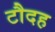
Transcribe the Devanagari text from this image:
टौदह